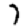
Digit: 7